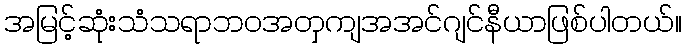
အမြင့်ဆုံးသံသရာဘဝအတှကျအအင်ဂျင်နီယာဖြစ်ပါတယ်။